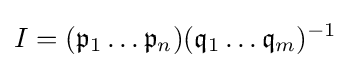
I=({\mathfrak {p}}_{1}\ldots {\mathfrak {p}}_{n})({\mathfrak {q}}_{1}\ldots {\mathfrak {q}}_{m})^{-1}